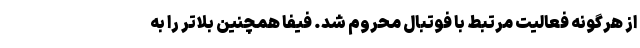
از هرگونه فعالیت مرتبط با فوتبال محروم شد. فیفا همچنین بلاتر را به